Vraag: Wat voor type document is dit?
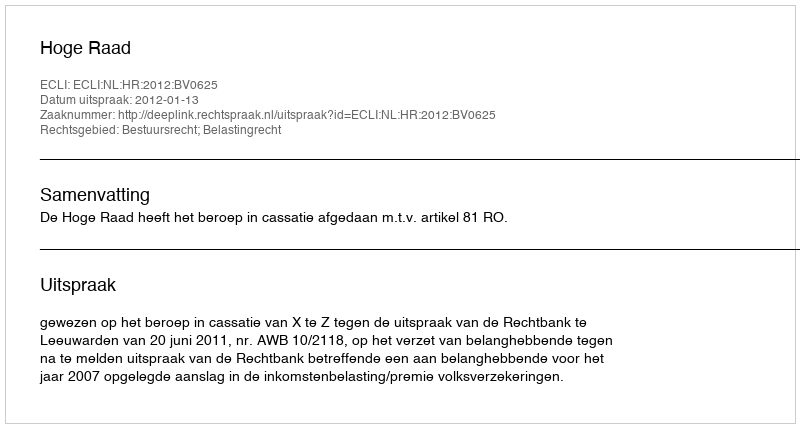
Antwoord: Uitspraak